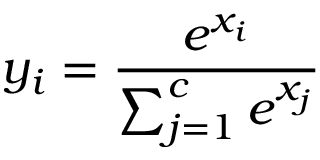
y _ { i } = { \frac { e ^ { x _ { i } } } { \sum _ { j = 1 } ^ { c } e ^ { x _ { j } } } }